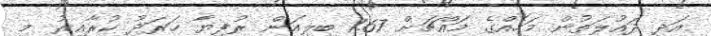
އަދި ދައުލަތުން މަހެއްގެ މައްޗަށް 1.67 ބިލިއަން ރުފިޔާ ހަރަދު ކުރާއިރު މި